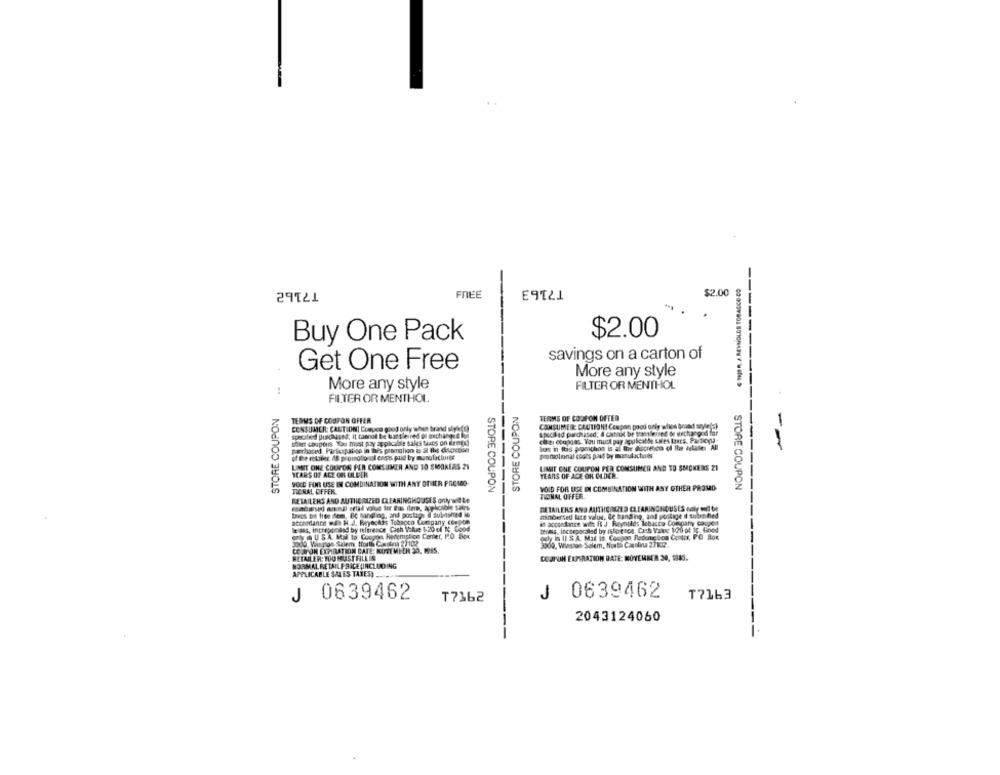
T7163
FREE
$2.00
29121
$2.00
Buy One Pack
savings on a carton of
Get One Free
More any style
More any style
FILTER OR MENTHOL
FILTER OR MENTHOL
STORE COUPON
STORE COUPON
TERMS OF COUPON OFFER
TERMS OF COUPON OFFER
CONSUMER: CAUTION| Doeyea good only when brand stykfc)
CONSUMER: CAUTIONI Coupon good only when brund sayle(s)
specified puedaased; It cannot be lastleired of exchangid Ion
speciled purchased, A cathol be transferred os quechangod for
man coupons You must pay applicable sales thats on ilemge)
cuit: coupgas. You must pay applicable Les taxes. Partionla-
los in It's promphon is al Ihe diocretico of the arkalle All
of De robines 48 promotional cash paid by manufacbunte
promotional costs paul by manufactures
LIMIT ONE COUPON PER COMSUMER AND TO SMOKEAS 21
LIMIT ONE COUPON PER CONSUMER AND TO SMOKERS ZI
YEARS OF AGE OR OLDER
YEARS OF AGE OR OLDER.
SOCO FOR USE IN COMBINATION WITH ANY OTHER PROMO-
STORE COUPON
VOID FOR USE IN COMBINATION WITH ANY OTHER PROMO
STORE COUPON
TICHAL OFFER
TIONAL OFFER
RETAILERS AND AUTHORIZED CLEARINGHOUSES only witte
---------
DETAILERS AND AUTHORED CLEARINGHOUSES only id be
taxos pa tres ifem, Bc handling, and postage
attendance nde H_J. Byochis Tobacco Company compte
aimbersed late valut, de Banding, and portage il subented
lelas, intrepgraad by reference Cash Vokse 1-20 of 1: Good
in accordtrice with it J Rubynulds Tobasta Company coupent
texas, incseparated by isterenca. Cash Value 120 of ig Goed
CAUSA Mal la Coupon Redemption Center, 1.O Box
ouly in Il S A. Mai In. Coopon Redougboa Contnt, PO But
2009, Vington Salem, North Cadima 27102
COMPON EXPIRATION DATE: KUTT MEER 30, 19IS.
3000, Winston-Salem, Nuth Caenliu 27KR.
RETAILER: YOU MUST FILLIN
COMPON EXPIRATION DATE: NOVEMBER 20, 1383.
NORMAL RETAIL PRICE (INCLUDING
APPLICABLE SALES TAXES, .....
J 0639462
J
0639462
T7163
T7362
2043124060